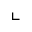
\llcorner